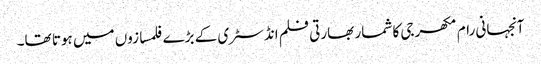
آنجہانی رام مکھرجی کا شمار بھارتی فلم انڈسٹری کے بڑے فلمسازوں میں ہوتا تھا۔